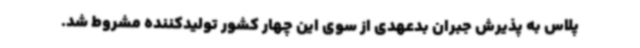
پلاس به پذیرش جبران بدعهدی از سوی این چهار کشور تولیدکننده مشروط شد.